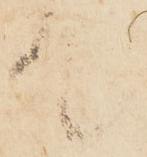
て